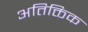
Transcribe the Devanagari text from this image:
अतिक्तिक